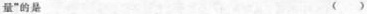
量”的是（）